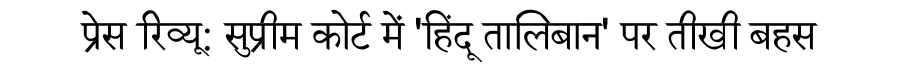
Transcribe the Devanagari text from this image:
प्रेस रिव्यू: सुप्रीम कोर्ट में 'हिंदू तालिबान' पर तीखी बहस